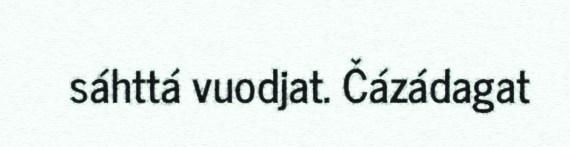
sáhttá vuodjat. Čázádagat